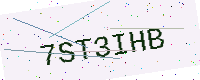
Text: 7ST3IHB